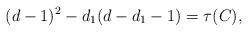
LaTeX: \begin{align*}(d-1)^{2} - d_{1}(d-d_{1}-1) = \tau(C),\end{align*}